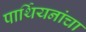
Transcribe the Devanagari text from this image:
पार्थियनांचा